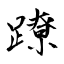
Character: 蹽